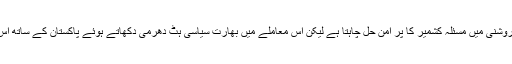
ملیحہ لودھی کا کہنا تھا کہ پاکستان اقوام متحدہ کی قرار داد کی روشنی میں مسئلہ کشمیر کا پر امن حل چاہتا ہے لیکن اس معاملے میں بھارت سیاسی ہٹ دھرمی دکھاتے ہوئے پاکستان کے ساتھ اس معاملے پر مذاکرات کی پیشکش کو مسلسل مسترد کر رہا ہے۔